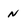
Character: n